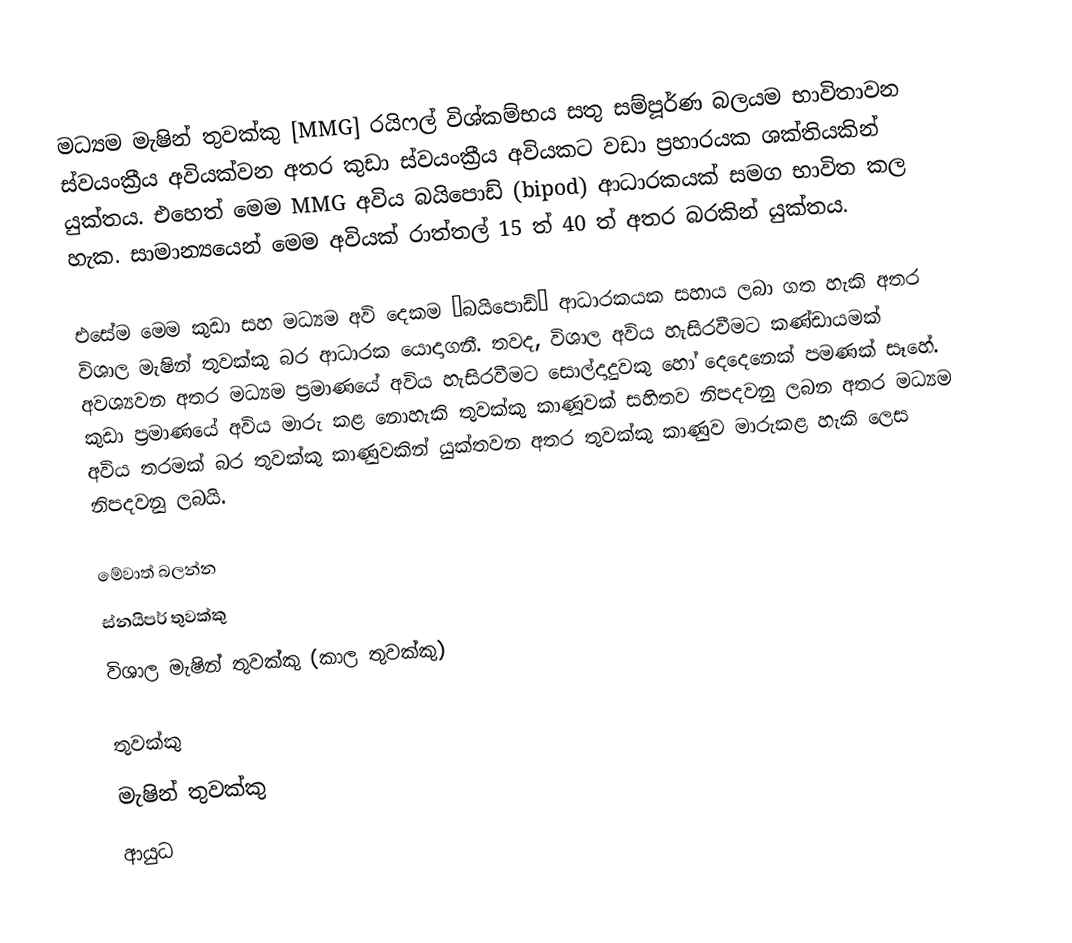
මධ්‍යම මැෂින් තුවක්කු [MMG] රයිෆල් විශ්කම්භය සතු සම්පූර්ණ බලයම භාවිතාවන ස්වයංක්‍රීය අවියක්වන අතර කුඩා ස්වයංක්‍රීය අවියකට වඩා ප්‍රහාරයක ශක්තියකින් යුක්තය. එහෙත් මෙම MMG අවිය බයිපොඩ් (bipod) ආධාරකයක් සමග භාවිත කල හැක. සාමාන්‍යයෙන් මෙම අවියක් රාත්තල් 15 ත් 40 ත් අතර බරකින් යුක්තය.

එසේම මෙම කුඩා සහ මධ්‍යම අවි දෙකම “බයිපොඩ්” ආධාරකයක සහාය ලබා ගත හැකි අතර විශාල මැෂින් තුවක්කු බර ආධාරක යොදාගනී. තවද, විශාල අවිය හැසිරවීමට කණ්ඩායමක් අවශ්‍යවන අතර මධ්‍යම ප්‍රමාණයේ අවිය හැසිරවීමට සොල්දාදුවකු හෝ දෙදෙනෙක් පමණක් සෑහේ. කුඩා ප්‍රමාණයේ අවිය මාරු කළ නොහැකි තුවක්කු කාණූවක් සහිතව නිපදවනු ලබන අතර මධ්‍යම අවිය තරමක් බර තුවක්කු කාණුවකින් යුක්තවන අතර තුවක්කු කාණුව මාරුකළ හැකි ලෙස නිපදවනු ලබයි.

මේවාත් බලන්න
ස්නයිපර් තුවක්කු
විශාල මැෂින් තුවක්කු (කාල තුවක්කු)

තුවක්කු
මැෂින් තුවක්කු
ආයුධ